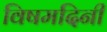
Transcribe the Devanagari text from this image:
विषमदिनी